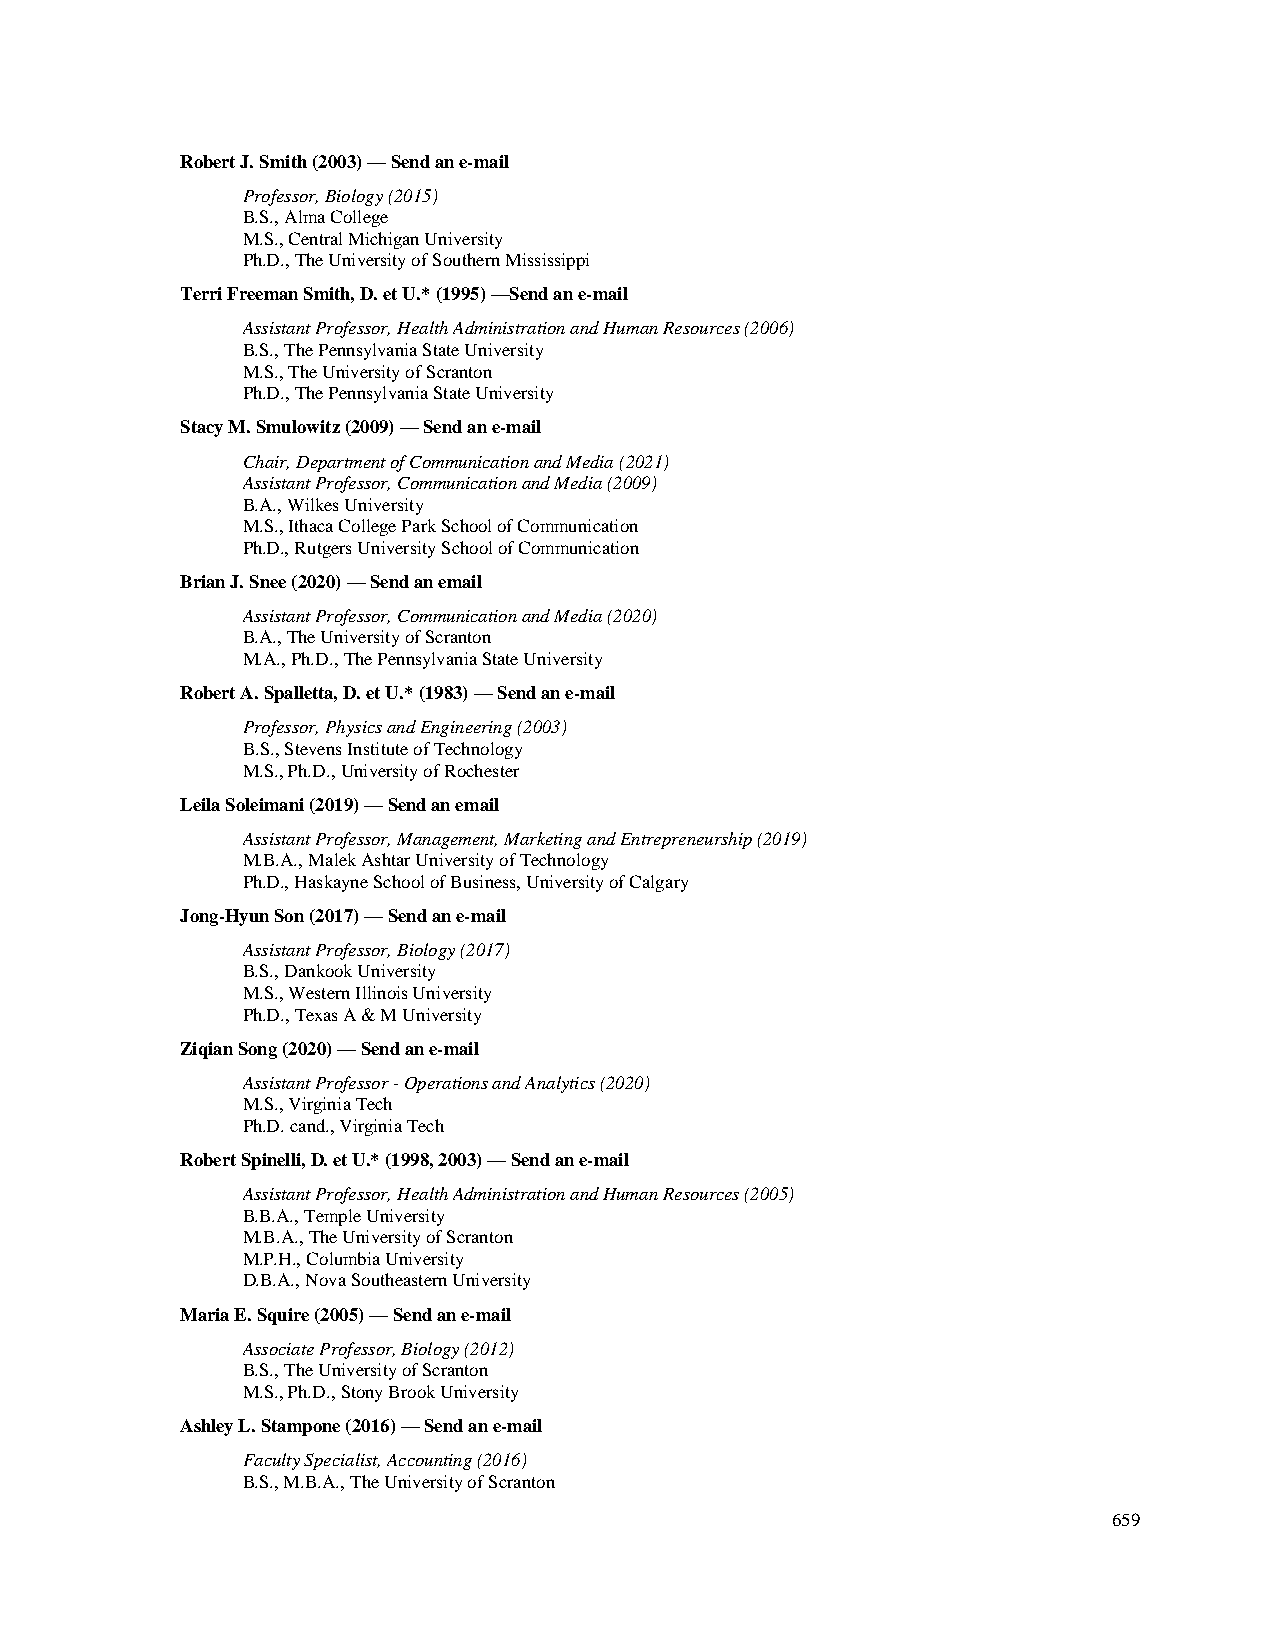
Robert J. Smith (2003) — Send an e-mail
 Professor, Biology (2015)
 B.S., Alma College
 M.S., Central Michigan University
 Ph.D., The University of Southern Mississippi
 Terri Freeman Smith, D. et U.* (1995) —Send an e-mail
 Assistant Professor, Health Administration and Human Resources (2006)
 B.S., The Pennsylvania State University
 M.S., The University of Scranton
 Ph.D., The Pennsylvania State University
 Stacy M. Smulowitz (2009) — Send an e-mail
 Chair, Department of Communication and Media (2021)
 Assistant Professor, Communication and Media (2009)
 B.A., Wilkes University
 M.S., Ithaca College Park School of Communication
 Ph.D., Rutgers University School of Communication
 Brian J. Snee (2020) — Send an email
 Assistant Professor, Communication and Media (2020)
 B.A., The University of Scranton
 M.A., Ph.D., The Pennsylvania State University
 Robert A. Spalletta, D. et U.* (1983) — Send an e-mail
 Professor, Physics and Engineering (2003)
 B.S., Stevens Institute of Technology
 M.S., Ph.D., University of Rochester
 Leila Soleimani (2019) — Send an email
 Assistant Professor, Management, Marketing and Entrepreneurship (2019)
 M.B.A., Malek Ashtar University of Technology
 Ph.D., Haskayne School of Business, University of Calgary
 Jong-Hyun Son (2017) — Send an e-mail
 Assistant Professor, Biology (2017)
 B.S., Dankook University
 M.S., Western Illinois University
 Ph.D., Texas A & M University
 Ziqian Song (2020) — Send an e-mail
 Assistant Professor - Operations and Analytics (2020)
 M.S., Virginia Tech
 Ph.D. cand., Virginia Tech
 Robert Spinelli, D. et U.* (1998, 2003) — Send an e-mail
 Assistant Professor, Health Administration and Human Resources (2005)
 B.B.A., Temple University
 M.B.A., The University of Scranton
 M.P.H., Columbia University
 D.B.A., Nova Southeastern University
 Maria E. Squire (2005) — Send an e-mail
 Associate Professor, Biology (2012)
 B.S., The University of Scranton
 M.S., Ph.D., Stony Brook University
 Ashley L. Stampone (2016) — Send an e-mail
 Faculty Specialist, Accounting (2016)
 B.S., M.B.A., The University of Scranton
 659